Epidemic dropsy in Calcutta - Number 45
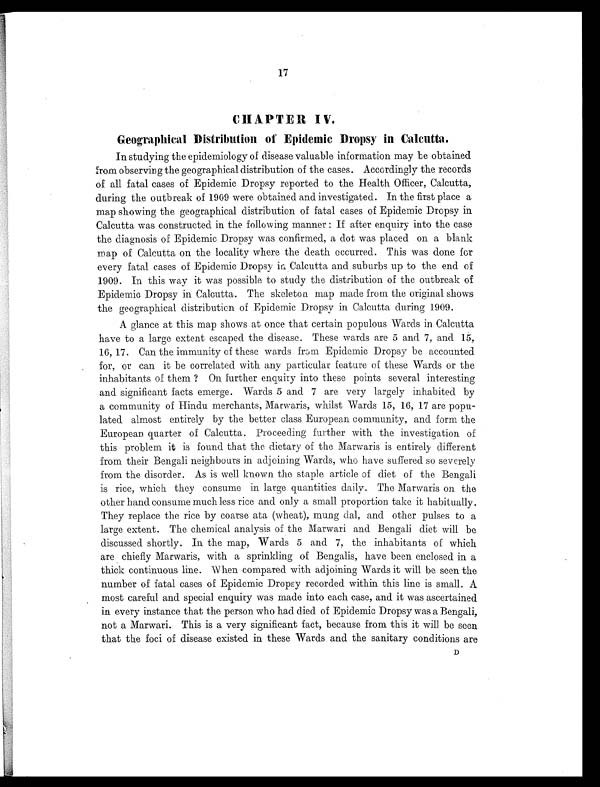
17
CHAPTER IV.
Geographical Distribution of Epidemic Dropsy in Calcutta.
In studying the epidemiology of disease valuable information may be obtained
from observing the geographical distribution of the cases. Accordingly the records
of all fatal cases of Epidemic Dropsy reported to the Health Officer, Calcutta,
during the outbreak of 1909 were obtained and investigated. In the first place a
map showing the geographical distribution of fatal cases of Epidemic Dropsy in
Calcutta was constructed in the following manner : If after enquiry into the case
the diagnosis of Epidemic Dropsy was confirmed, a dot was placed on a blank
map of Calcutta on the locality where the death occurred. This was done for
every fatal cases of Epidemic Dropsy in Calcutta and suburbs up to the end of
1909. in this way it was possible to study the distribution of the outbreak of
Epidemic Dropsy in Calcutta. The skeleton map made from the original shows
the geographical distribution of Epidemic Dropsy in Calcutta during 1909.
A glance at this map shows at once that certain populous Wards in Calcutta
have to a large extent escaped the disease. These wards are 5 and 7, and 15,
16, 17. Can the immunity of these wards from Epidemic Dropsy be accounted
for, or can it be correlated with any particular feature of these Wards or the
inhabitants of them ? On further enquiry into these points several interesting
and significant facts emerge. Wards 5 and 7 are very largely inhabited by
a community of Hindu merchants, Marwaris, whilst Wards 15, 16, 17 are popu-
lated almost entirely by the better class European community, and form the
European quarter of Calcutta. Proceeding further with the investigation of
this problem it is found that the dietary of the Marwaris is entirely different
from their Bengali neighbours in adjoining Wards, who have suffered so severely
from the disorder. As is well known the staple article of diet of the Bengali
is rice, which they consume in large quantities daily. The Marwaris on the
other hand consume much less rice and only a small proportion take it habitually.
They replace the rice by coarse ata (wheat), mung dal, and other pulses to a
large extent. The chemical analysis of the Marwari and Bengali diet will be
discussed shortly. In the map, Wards 5 and 7, the inhabitants of which
are chiefly Marwaris, with a sprinkling of Bengalis, have been enclosed in a
thick continuous line. When compared with adjoining Wards it will be seen the
number of fatal cases of Epidemic Dropsy recorded within this line is small. A
most careful and special enquiry was made into each case, and it was ascertained
in every instance that the person who had died of Epidemic Dropsy was a Bengali,
not a Marwari. This is a very significant fact, because from this it will be seen
that the foci of disease existed in these Wards and the sanitary conditions are
D